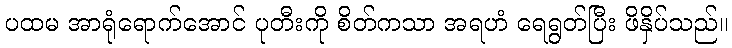
ပထမ အာရုံရောက်အောင် ပုတီးကို စိတ်ကသာ အရဟံ ရေရွတ်ပြီး ဖိနှိပ်သည်။